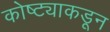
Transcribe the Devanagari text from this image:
कोष्ट्याकडून